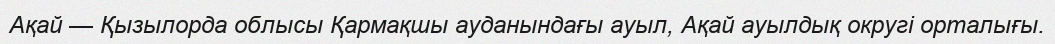
Ақай — Қызылорда облысы Қармақшы ауданындағы ауыл, Ақай ауылдық округі орталығы.